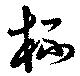
杯